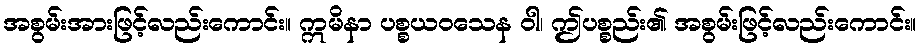
အစွမ်းအားဖြင့်လည်းကောင်း။ ဣမိနာ ပစ္စယဝသေန ဝါ၊ ဤပစ္စည်း၏ အစွမ်းဖြင့်လည်းကောင်း။